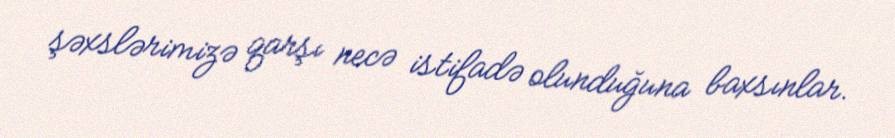
şəxslərimizə qarşı necə istifadə olunduğuna baxsınlar.